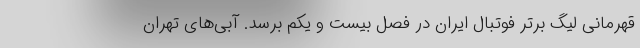
قهرمانی لیگ برتر فوتبال ایران در فصل بیست و یکم برسد. آبی‌های تهران